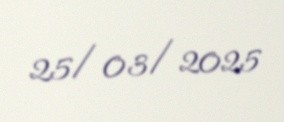
25/03/2025